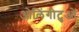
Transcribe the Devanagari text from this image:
ओलिंगीटुओं